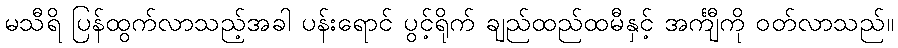
မသီရိ ပြန်ထွက်လာသည့်အခါ ပန်းရောင် ပွင့်ရိုက် ချည်ထည်ထမီနှင့် အင်္ကျီကို ဝတ်လာသည်။